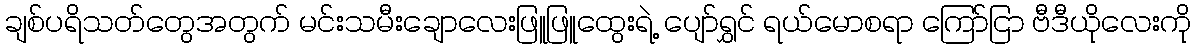
ချစ်ပရိသတ်တွေအတွက် မင်းသမီးချောလေးဖြူဖြူထွေးရဲ့ ပျော်ရွှင် ရယ်မောစရာ ကြော်ငြာ ဗီဒီယိုလေးကို